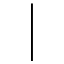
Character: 丨